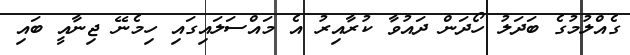
ގެއްލުމުގެ ބަދަލު ހޯދަން ދައުވާ ކުރާއިރު އެ މައްސަލައިގައި ހިމެނޭ ޖިނާއީ ބައި